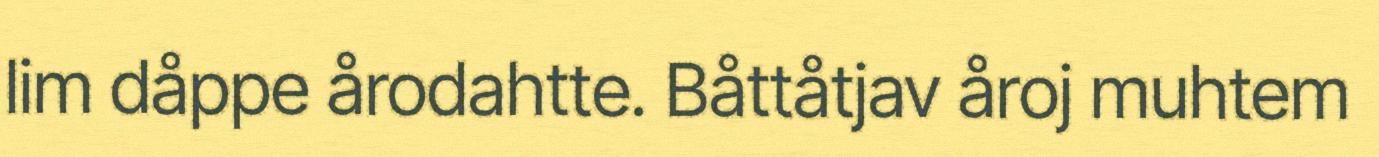
lim dåppe årodahtte. Båttåtjav åroj muhtem